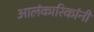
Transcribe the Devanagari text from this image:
आलंकारिकांनी